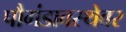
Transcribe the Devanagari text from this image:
पौगंडावस्थेवर